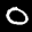
Label: 0